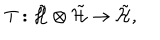
T : \tilde { \cal H } \otimes \tilde { \cal H } \rightarrow \tilde { \cal H } ,